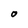
Character: O